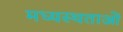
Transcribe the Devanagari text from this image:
मध्‍यस्‍थताओं